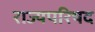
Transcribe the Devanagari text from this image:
राज्यपरिषद